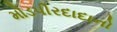
મોડપીરદાદાનો